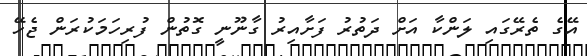
އޭގެ ތެރޭގައި ލަންކާ އަށް ދަތުރު ފަށާއިރު ގާނޫނީ ގޮތުން ފުރިހަމަކުރަން ޖެހޭ